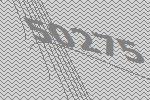
50275